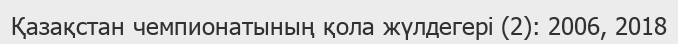
Қазақстан чемпионатының қола жүлдегері (2): 2006, 2018